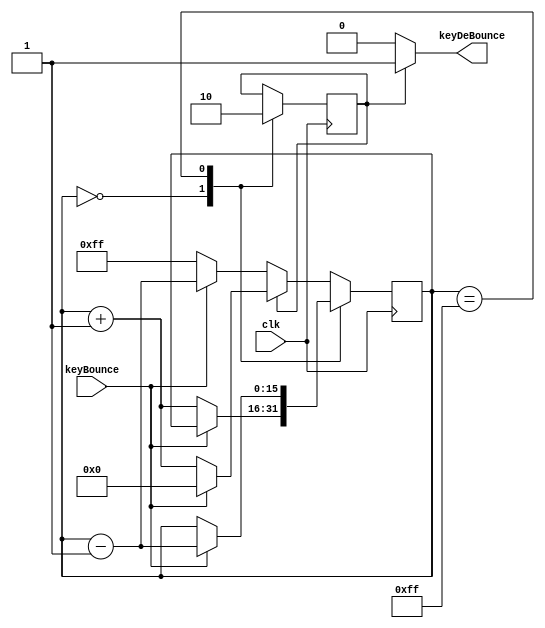
`define DEBUG_DEBOUNCE
`undef DEBUG_DEBOUNCE

module DEBOUNCE( 
`ifdef DEBUG_DEBOUNCE
dclk, dkeyBounce, 
`endif
clk, keyBounce, keyDeBounce);
input wire clk;
input wire keyBounce;
output wire keyDeBounce;

`ifdef DEBUG_DEBOUNCE
output wire dclk;
output wire dkeyBounce;
`endif

reg lockDeBounce = 1'b1;
localparam MAX	= 16'hFF;
localparam MIN	= 16'h00;
localparam TIK	= 16'b1;
reg [15:0] counter = MIN;

assign keyDeBounce 	= (lockDeBounce) 	? 1'b1 : 1'b0;

`ifdef DEBUG_DEBOUNCE
assign dclk 	= clk;
assign dkeyBounce 	= keyBounce;
`endif

always@(posedge clk)
begin
		begin
			case (counter)
				MIN: begin
					lockDeBounce = 1'b1;
					if(keyBounce == 0) counter <= counter+TIK;
				end
				MAX: begin
					lockDeBounce = 1'b0;
					if(keyBounce == 1) counter <= counter-TIK;
				end
				default: begin
						if (lockDeBounce) 
							counter <= (keyBounce == 0) ? counter+TIK : MIN;
						else
							counter <= (keyBounce == 1) ? counter-TIK : MAX;
				end
			endcase			
		end 
end
endmodule